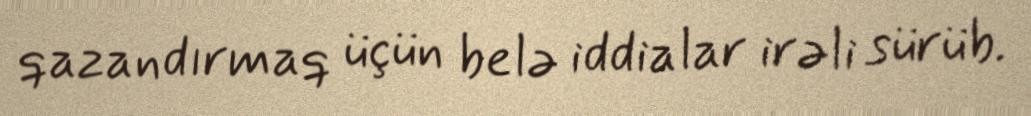
qazandırmaq üçün belə iddialar irəli sürüb.